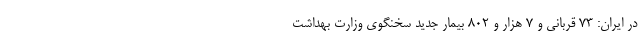
در ایران: ۷۳ قربانی و ۷ هزار و ۸۰۲ بیمار جدید سخنگوی وزارت بهداشت